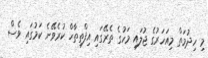
މި ހިދުމަތް މިއަހަރުގެ ޖުލައި މަހުގެ ތެރޭގައި އިފްތިތާހް ކުރެވޭނެ ކަމުގައި ވެސް